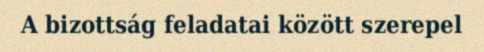
A bizottság feladatai között szerepel